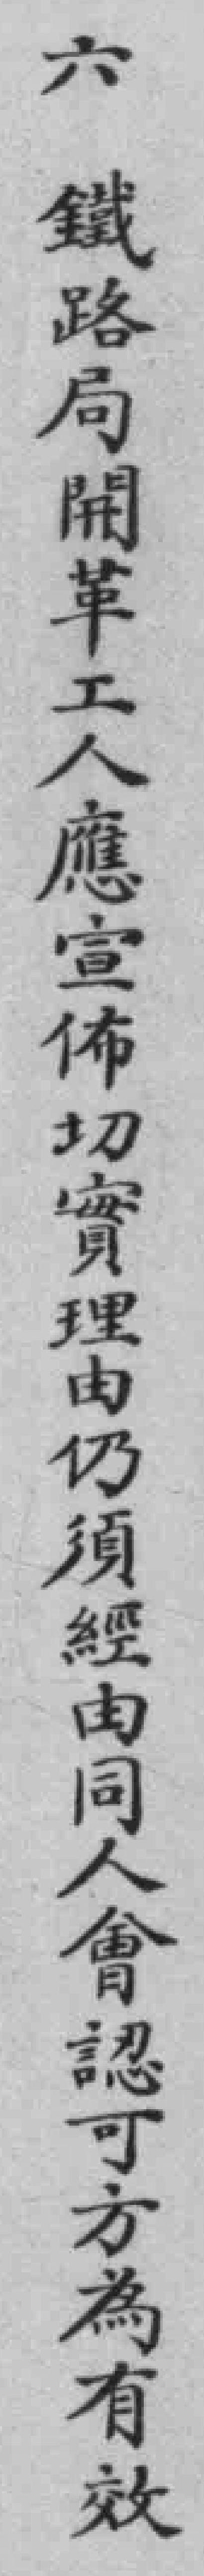
六鐵路局開革工人應宣佈切實理由仍須經由同人會認可方為有效